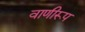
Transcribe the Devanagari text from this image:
वाणीरूप